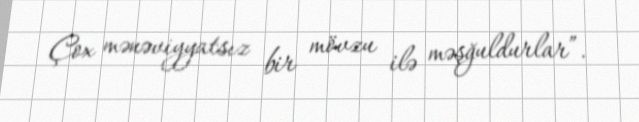
Çox mənəviyyatsız bir mövzu ilə məşğuldurlar”.